Indian journal of veterinary science and animal husbandry - Volume 8,
Year: 1938
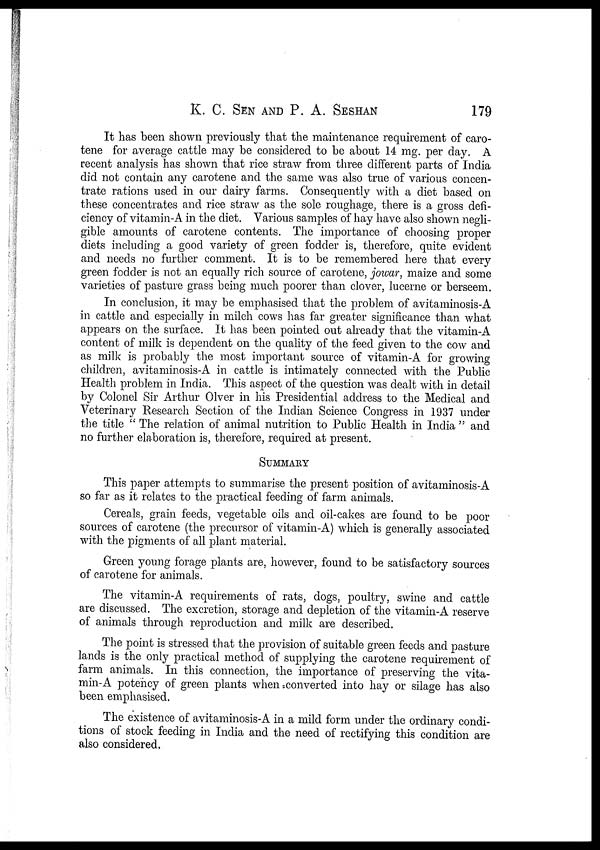
K. C. SEN AND P. A.
SESHAN
179
It has been shown previously that the maintenance requirement of caro-
tene for average cattle may be considered to be about 14 mg. per day. A
recent analysis has shown that rice straw from three different parts of India
did not contain any carotene and the same was also true of various concen-
trate rations used in our dairy farms. Consequently with a diet based on
these concentrates and rice straw as the sole roughage, there is a gross defi-
ciency of vitamin-A in the diet. Various samples of hay have also shown negli-
gible amounts of carotene contents. The importance of choosing proper
diets including a good variety of green fodder is, therefore, quite evident
and needs no further comment. It is to be remembered here that every
green fodder is not an equally rich source of carotene, jowar, maize and some
varieties of pasture grass being much poorer than clover, lucerne or berseem.
In conclusion, it may be emphasised that the problem of avitaminosis-A
in cattle and especially in milch cows has far greater significance than what
appears on the surface. It has been pointed out already that the vitamin-A
content of milk is dependent on the quality of the feed given to the cow and
as milk is probably the most important source of vitamin-A for growing
children, avitaminosis-A in cattle is intimately connected with the Public
Health problem in India. This aspect of the question was dealt with in detail
by Colonel Sir Arthur Olver in his Presidential address to the Medical and
Veterinary Research Section of the Indian Science Congress in 1937 under
the title " The relation of animal nutrition to Public Health in India " and
no further elaboration is, therefore, required at present.
SUMMARY
This paper attempts to summarise the present position of avitaminosis-A
so far as it relates to the practical feeding of farm animals.
Cereals, grain feeds, vegetable oils and oil-cakes are found to be poor
sources of carotene (the precursor of vitamin-A) which is generally associated
with the pigments of all plant material.
Green young forage plants are, however, found to be satisfactory sources
of carotene for animals.
The vitamin-A requirements of rats, dogs, poultry, swine and cattle
are discussed. The excretion, storage and depletion of the vitamin-A reserve
of animals through reproduction and milk are described.
The point is stressed that the provision of suitable green feeds and pasture
lands is the only practical method of supplying the carotene requirement of
farm animals. In this connection, the importance of preserving the vita-
min-A potency of green plants when converted into hay or silage has also
been emphasised.
The existence of avitaminosis-A in a mild form under the ordinary condi-
tions of stock feeding in India and the need of rectifying this condition are
also considered.